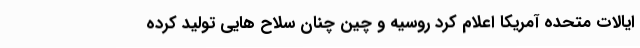
ایالات متحده آمریکا اعلام کرد روسیه و چین چنان سلاح هایی تولید کرده